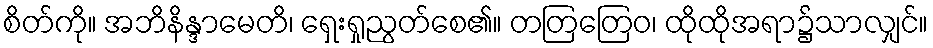
စိတ်ကို။ အဘိနိန္ဒာမေတိ၊ ရှေးရှုညွတ်စေ၏။ တတြတြေဝ၊ ထိုထိုအရာ၌သာလျှင်။